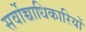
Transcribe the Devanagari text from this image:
सर्वोच्चाधिकारियों